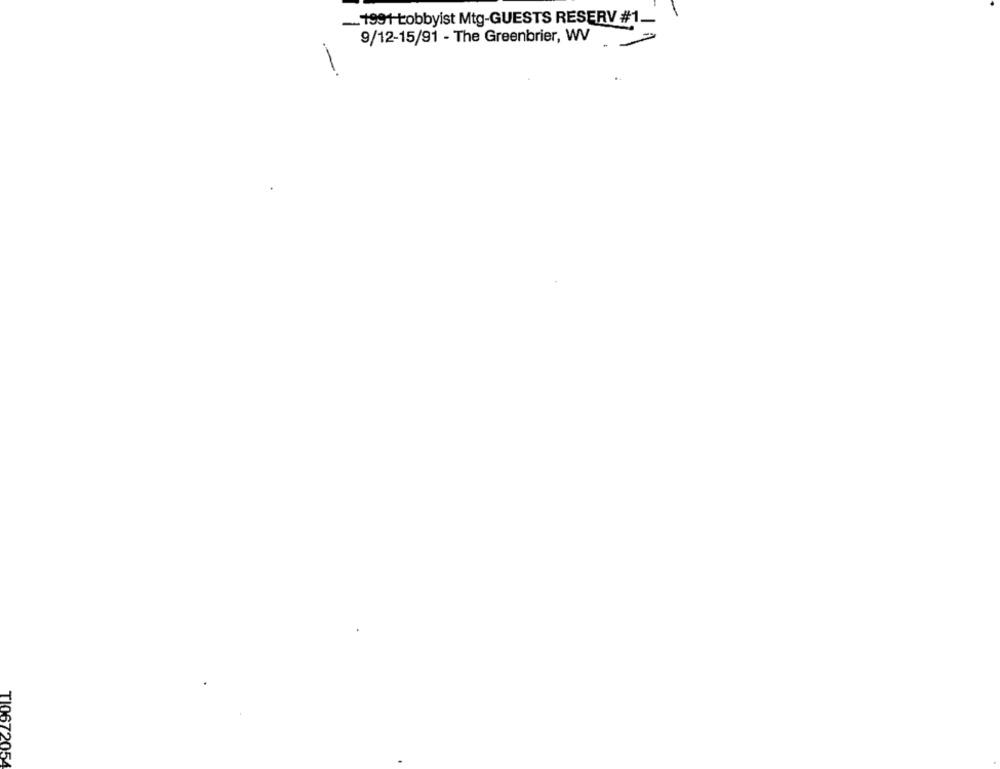
-.. 1991 Lobbyist Mtg-GUESTS RESERV #1_
9/12-15/91 - The Greenbrier, WV
-
TI0672
05